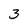
Character: 3